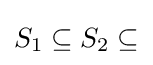
S_{1}\subseteq S_{2}\subseteq